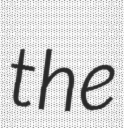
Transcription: the